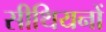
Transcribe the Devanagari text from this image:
सीथियनों